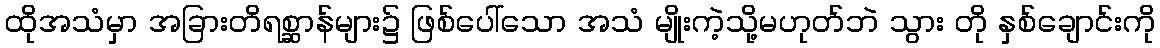
ထိုအသံမှာ အခြားတိရစ္ဆာန်များ၌ ဖြစ်ပေါ်သော အသံ မျိုးကဲ့သို့မဟုတ်ဘဲ သွား တို နှစ်ချောင်းကို